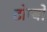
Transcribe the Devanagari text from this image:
टोम्बो